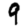
Digit: 9